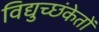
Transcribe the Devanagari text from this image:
विद्युच्छंकेतों